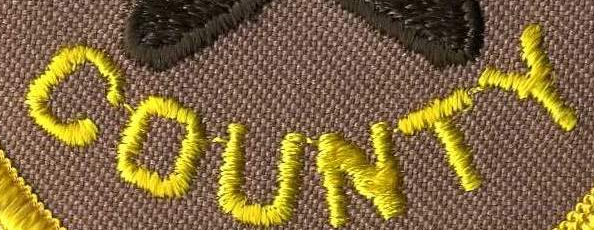
COUNTY